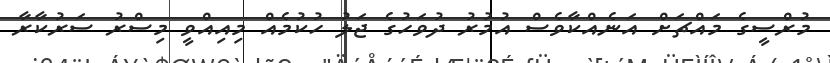
މުރްސީގެ މައްޗަށް އަނެއްކާވެސް އުމުރު ދުވަހުގެ ޖަލު ހުކުމެއް މިއިއްވީ މިސްރު ސަރުކާރާ